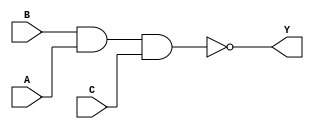
module sky130_fd_sc_hdll__nand3_8 (
    Y,
    A,
    B,
    C
);
    output Y;
    input  A;
    input  B;
    input  C;
    wire nand0_out_Y;
    nand nand0 (nand0_out_Y, B, A, C        );
    buf  buf0  (Y          , nand0_out_Y    );
endmodule